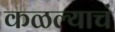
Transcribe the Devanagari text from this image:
कळल्याचं